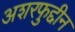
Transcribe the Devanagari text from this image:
अशरफुद्दीन